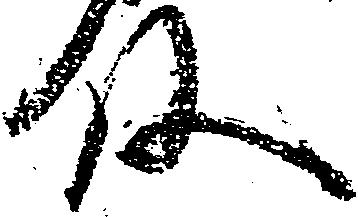
殿